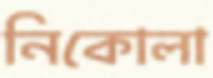
নিকোলা